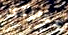
عذريتك